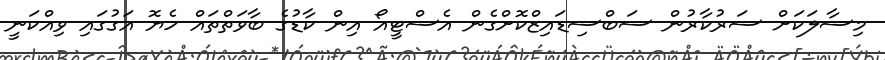
މިސާލަކަށް ސަރުކާރުން ސަބްސިޑައިޒްކޮށްގެން އެސްޓީއޯ އިން ކާޑުގެ ބާވަތްތައް ހެޔޮ އަގުގައި ވިއްކަނީ